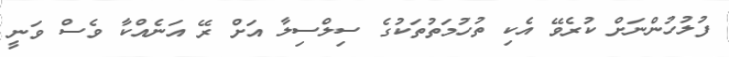
ފުލުހުންނަށް ކުރެވޭ އެކި ތުހުމަތުތަކުގެ ސިލްސިލާ އަށް ރޭ އަނެއްކާ ވެސް ވަނީ